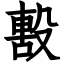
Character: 毄